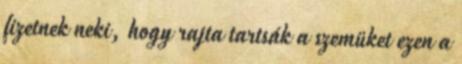
fizetnek neki, hogy rajta tartsák a szemüket ezen a